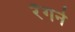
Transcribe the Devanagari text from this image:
रेँगने